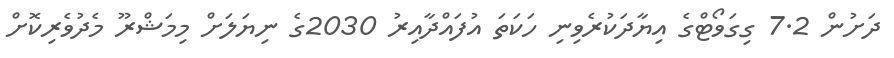
ދަށުން 7.2 ގިގަވޯޓްގެ އިޔާދަކުރެވިނި ހަކަތަ އުފައްދާއިރު 2030ގެ ނިޔަލަށް މިމަޝްރޫ މެދުވެރިކޮށް